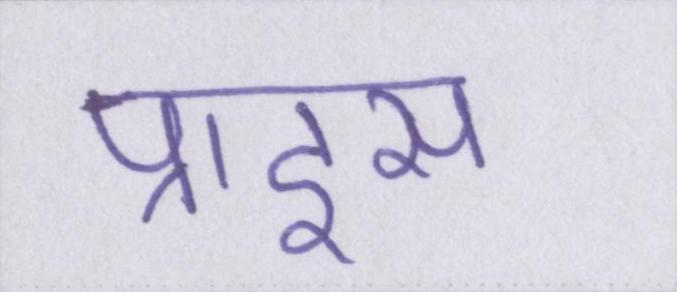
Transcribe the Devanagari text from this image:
प्राइस